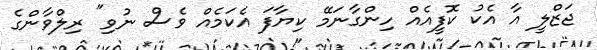
ޖަޒްލީ އާ އެކު ކޮފީއެއް ހިންގާނަމޭ ކިޔާފަ އެކަމެއް ވެސް ނުވި" ރިލްވާންގެ